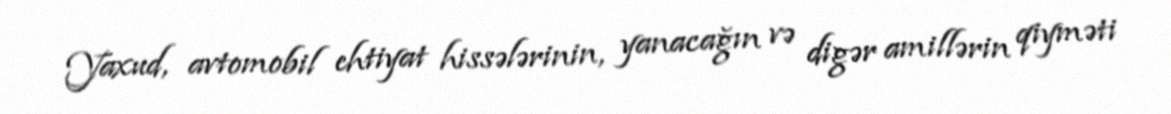
Yaxud, avtomobil ehtiyat hissələrinin, yanacağın və digər amillərin qiyməti